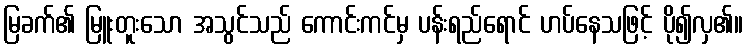
မြခက်၏ မြူးတူးသော အသွင်သည် ကောင်းကင်မှ ပန်းရည်ရောင် ဟပ်နေသဖြင့် ပို၍လှ၏။